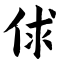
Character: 俅